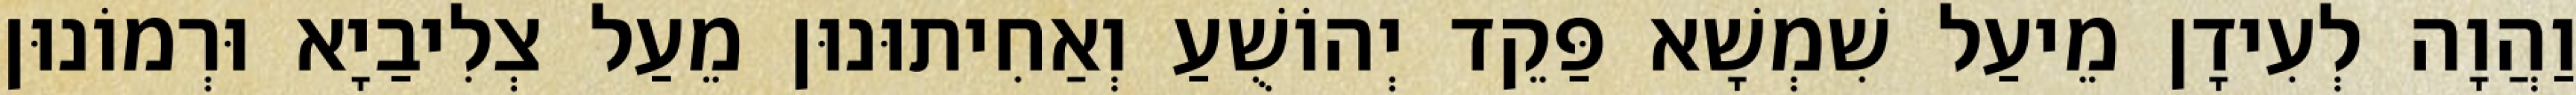
וַהֲוָה לְעִידָן מֵיעַל שִׁמְשָׁא פַּקֵד יְהוֹשֻׁעַ וְאַחִיתוּנוּן מֵעַל צְלִיבַיָא וּרְמוֹנוּן